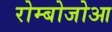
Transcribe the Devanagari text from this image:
रोम्बोजोआ